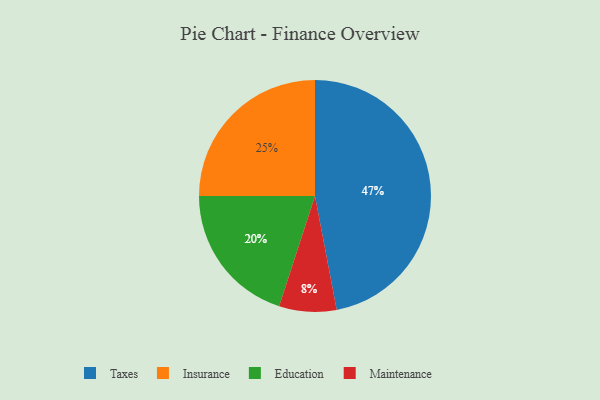
{"axis": {"x": "Category", "y": "Percentage"}, "legend": ["Education", "Insurance", "Maintenance", "Taxes"], "data": [{"x": "Taxes", "y": 47, "type": "Taxes"}, {"x": "Insurance", "y": 25, "type": "Insurance"}, {"x": "Education", "y": 20, "type": "Education"}, {"x": "Maintenance", "y": 8, "type": "Maintenance"}]}